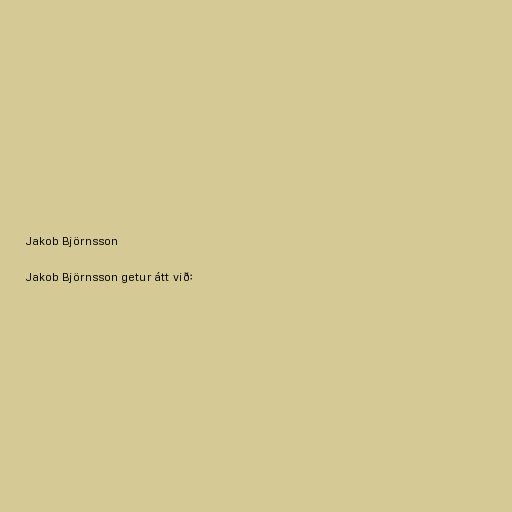
Jakob Björnsson

Jakob Björnsson getur átt við: